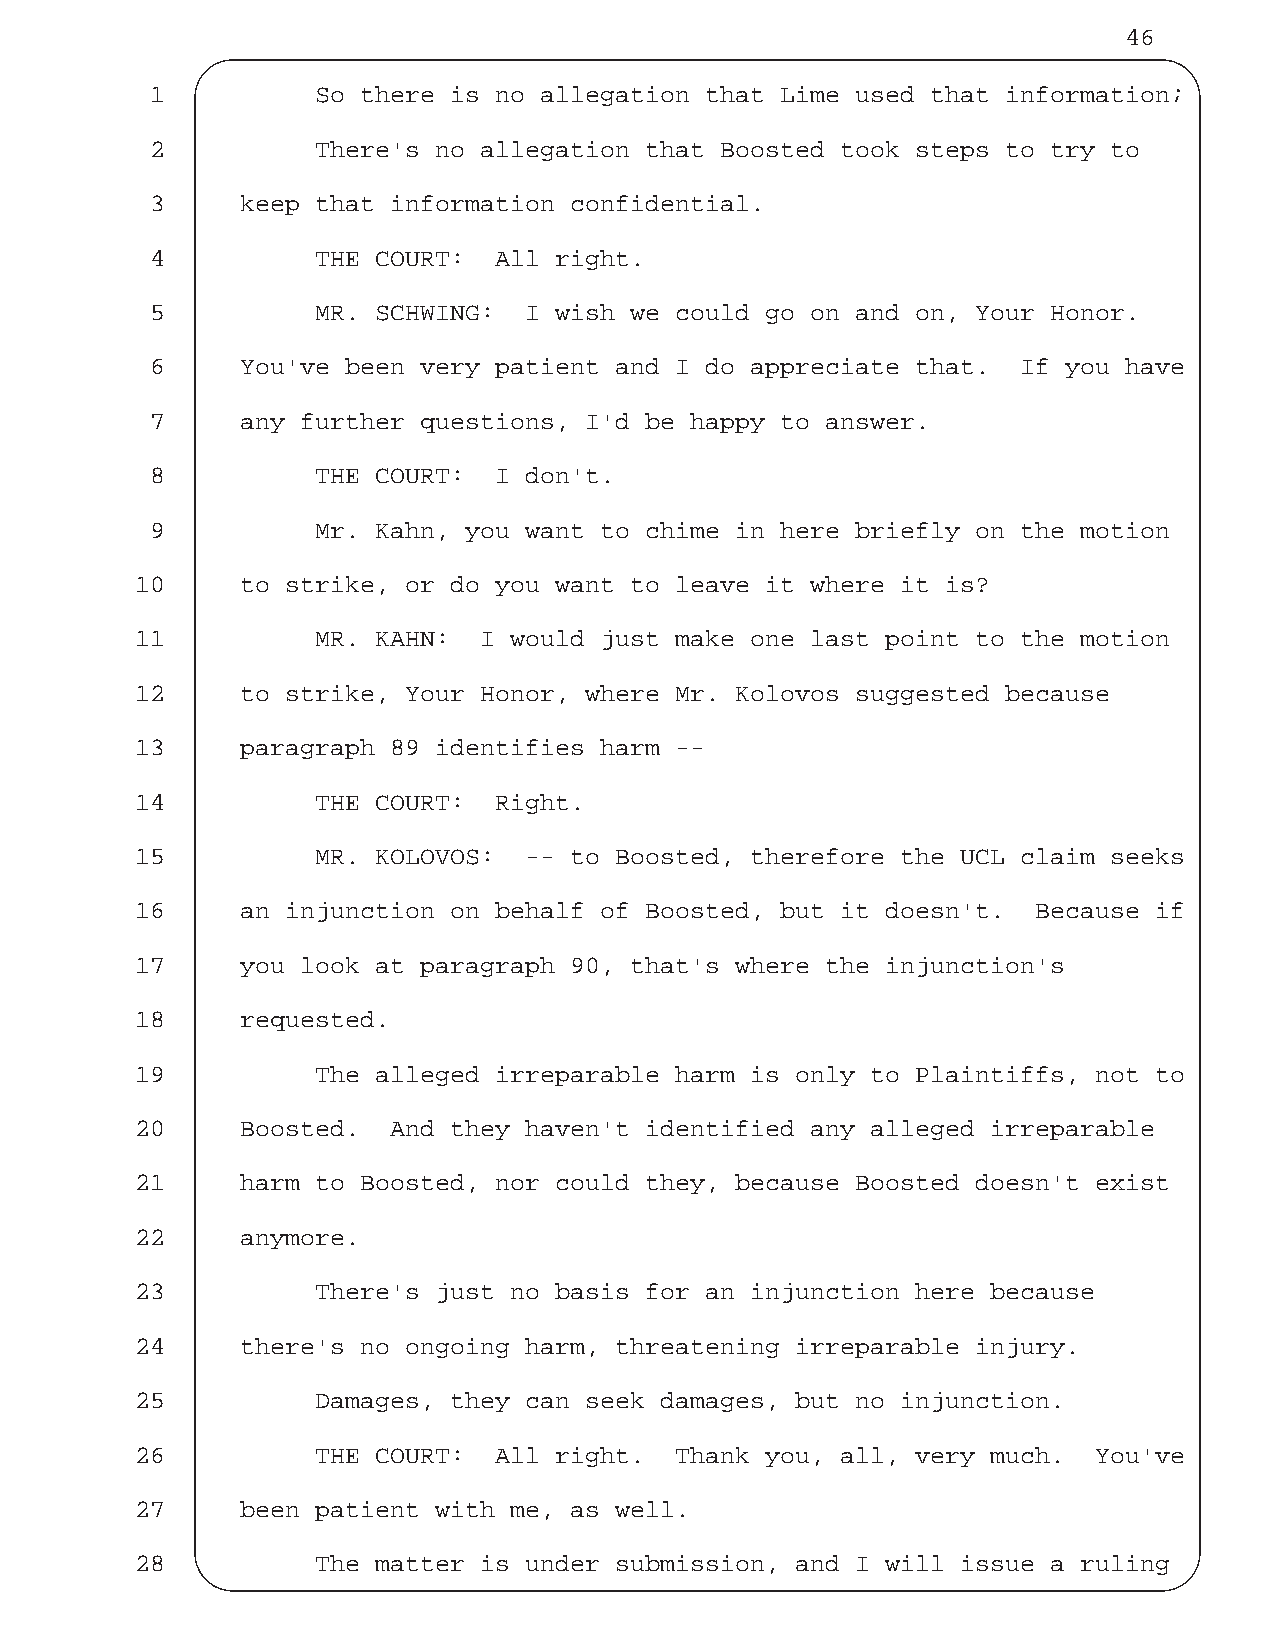
46
 1          So there is no allegation that Lime used that information;
 2          There's no allegation that Boosted took steps to try to
 3     keep that information confidential.
 4          THE COURT:  All right.
 5          MR. SCHWING:  I wish we could go on and on, Your Honor.
 6     You've been very patient and I do appreciate that.  If you have
 7     any further questions, I'd be happy to answer.
 8          THE COURT:  I don't.
 9          Mr. Kahn, you want to chime in here briefly on the motion
 10     to strike, or do you want to leave it where it is?
 11          MR. KAHN:  I would just make one last point to the motion
 12     to strike, Your Honor, where Mr. Kolovos suggested because
 13     paragraph 89 identifies harm --
 14          THE COURT:  Right.
 15          MR. KOLOVOS:  -- to Boosted, therefore the UCL claim seeks
 16     an injunction on behalf of Boosted, but it doesn't.  Because if
 17     you look at paragraph 90, that's where the injunction's
 18     requested.
 19          The alleged irreparable harm is only to Plaintiffs, not to
 20     Boosted.  And they haven't identified any alleged irreparable
 21     harm to Boosted, nor could they, because Boosted doesn't exist
 22     anymore.
 23          There's just no basis for an injunction here because
 24     there's no ongoing harm, threatening irreparable injury.
 25          Damages, they can seek damages, but no injunction.
 26          THE COURT:  All right.  Thank you, all, very much. You've
 27     been patient with me, as well.
 28          The matter is under submission, and I will issue a ruling